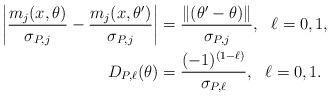
LaTeX: \begin{align*}\left|\frac{m_j(x,\theta)}{\sigma_{P,j}}-\frac{m_j(x,\theta')}{\sigma_{P,j}}\right|&=\frac{\Vert(\theta'-\theta)\Vert}{\sigma_{P,j}},~~\ell=0,1,\\D_{P,\ell}(\theta)&=\frac{(-1)^{(1-\ell)}}{\sigma_{P,\ell}},~~\ell=0,1.\end{align*}